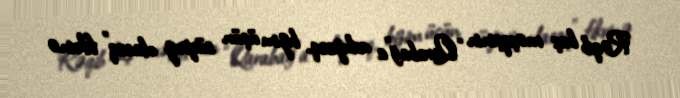
Rəqib baş məşqçinin “Qarabağ”a uduzsaq, bizim üçün sürpriz olacaq” fikrinə